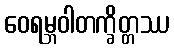
ဝေရမ္ဘဝါတက္ခိတ္တဿ